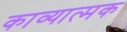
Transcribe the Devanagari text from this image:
काव्‍यात्‍मक